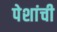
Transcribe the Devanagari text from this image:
पेशांची